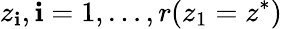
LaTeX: z_{\mathbf{i}},\mathbf{i}=1,\dots,r(z_{1}=z^{*})